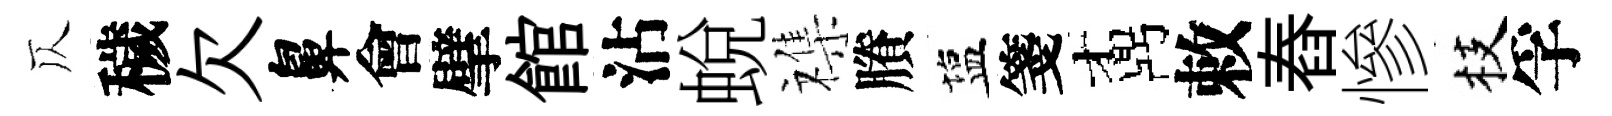
仄穢欠鼻會擘館沾蛻襍賸塩箋鼒敕舂慘枝孚